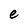
Character: e